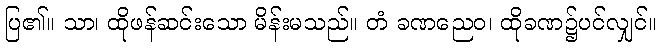
ပြ၏။ သာ၊ ထိုဖန်ဆင်းသော မိန်းမသည်။ တံ ခဏညေဝ၊ ထိုခဏ၌ပင်လျှင်။